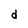
Character: d